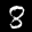
Label: 8